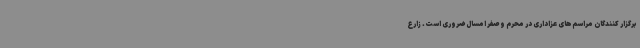
برگزار کنندگان مراسم‌های عزاداری در محرم و صفر امسال ضروری است. زارع